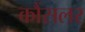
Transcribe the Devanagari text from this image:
कौंसलर